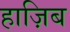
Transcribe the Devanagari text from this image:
हाज़िब